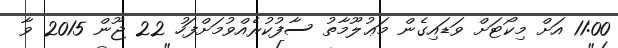
11:00 އަށް މިކޯޓަށް ވަޑައިގެން މަޢުލޫމާތު ސާފުކުރެއްވުމަށްފަހު 22 ޖޫން 2015 ވާ